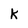
Character: k